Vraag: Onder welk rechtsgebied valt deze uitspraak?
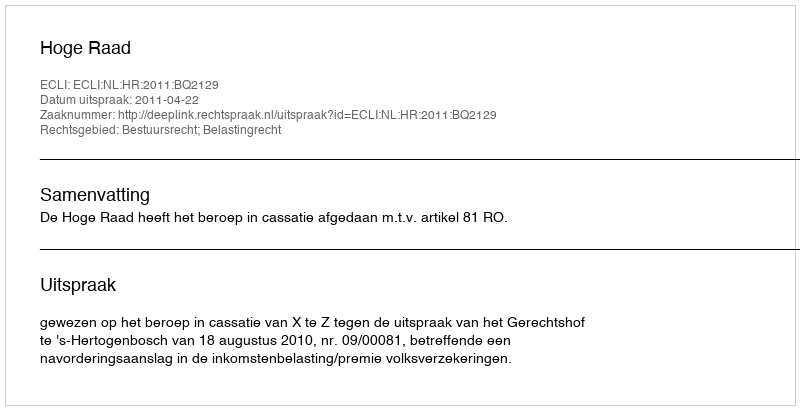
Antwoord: Bestuursrecht; Belastingrecht